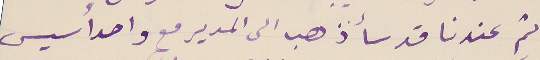
ثم عندنا قد سأذهب الى المدير مع واحد أسيس